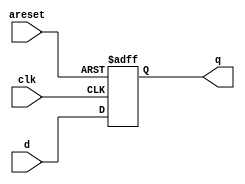
module top_module (
    input clk,
    input areset,   // active high asynchronous reset
    input [7:0] d,
    output [7:0] q
);
    //active hign asynchronous reset: if areset = 1, it had to be triggered whether the value of clock is 0 or 1  
    always @(posedge clk, posedge areset)begin 
        if(areset) q <= 0;
        else q <= d;
    end
endmodule